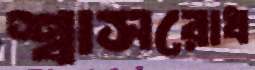
শ্বাসরোধ